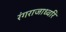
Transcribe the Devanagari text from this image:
रंगराजाध्वरि